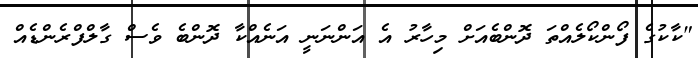
"ކާކުގެ ފޯންކޯލެއްތަ ދޮންބެއަށް މިހާރު އެ އަންނަނީ އަނެއްކާ ދޮންބެ ވެސް ގާލްފްރެންޑެއް